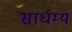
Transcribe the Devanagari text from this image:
सार्धम्य